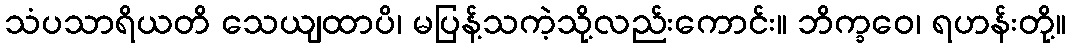
သံပသာရိယတိ သေယျထာပိ၊ မပြန့်သကဲ့သို့လည်းကောင်း။ ဘိက္ခဝေ၊ ရဟန်းတို့။